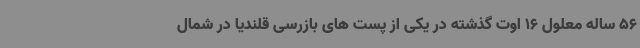
56 ساله معلول 16 اوت گذشته در یکی از پست های بازرسی قلندیا در شمال